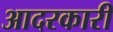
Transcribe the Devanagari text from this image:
आदरकारी